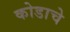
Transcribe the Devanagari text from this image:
कोडाचे